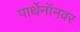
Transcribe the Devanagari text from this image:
पार्थेनॉनवर